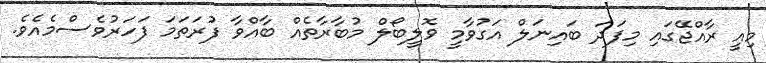
މިއީ ރާއްޖޭގައި މިފަދަ ބައިނަލް އަގުވާމީ ވޮލީބޯލް މުބާރާތެއް ބާއްވާ ފުރަތަމަ ފަހަރުވެސްމެއެވެ.